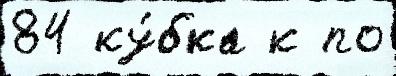
84 ку́бка к по